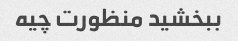
ببخشید منظورت چیه